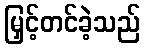
မြှင့်တင်ခဲ့သည်